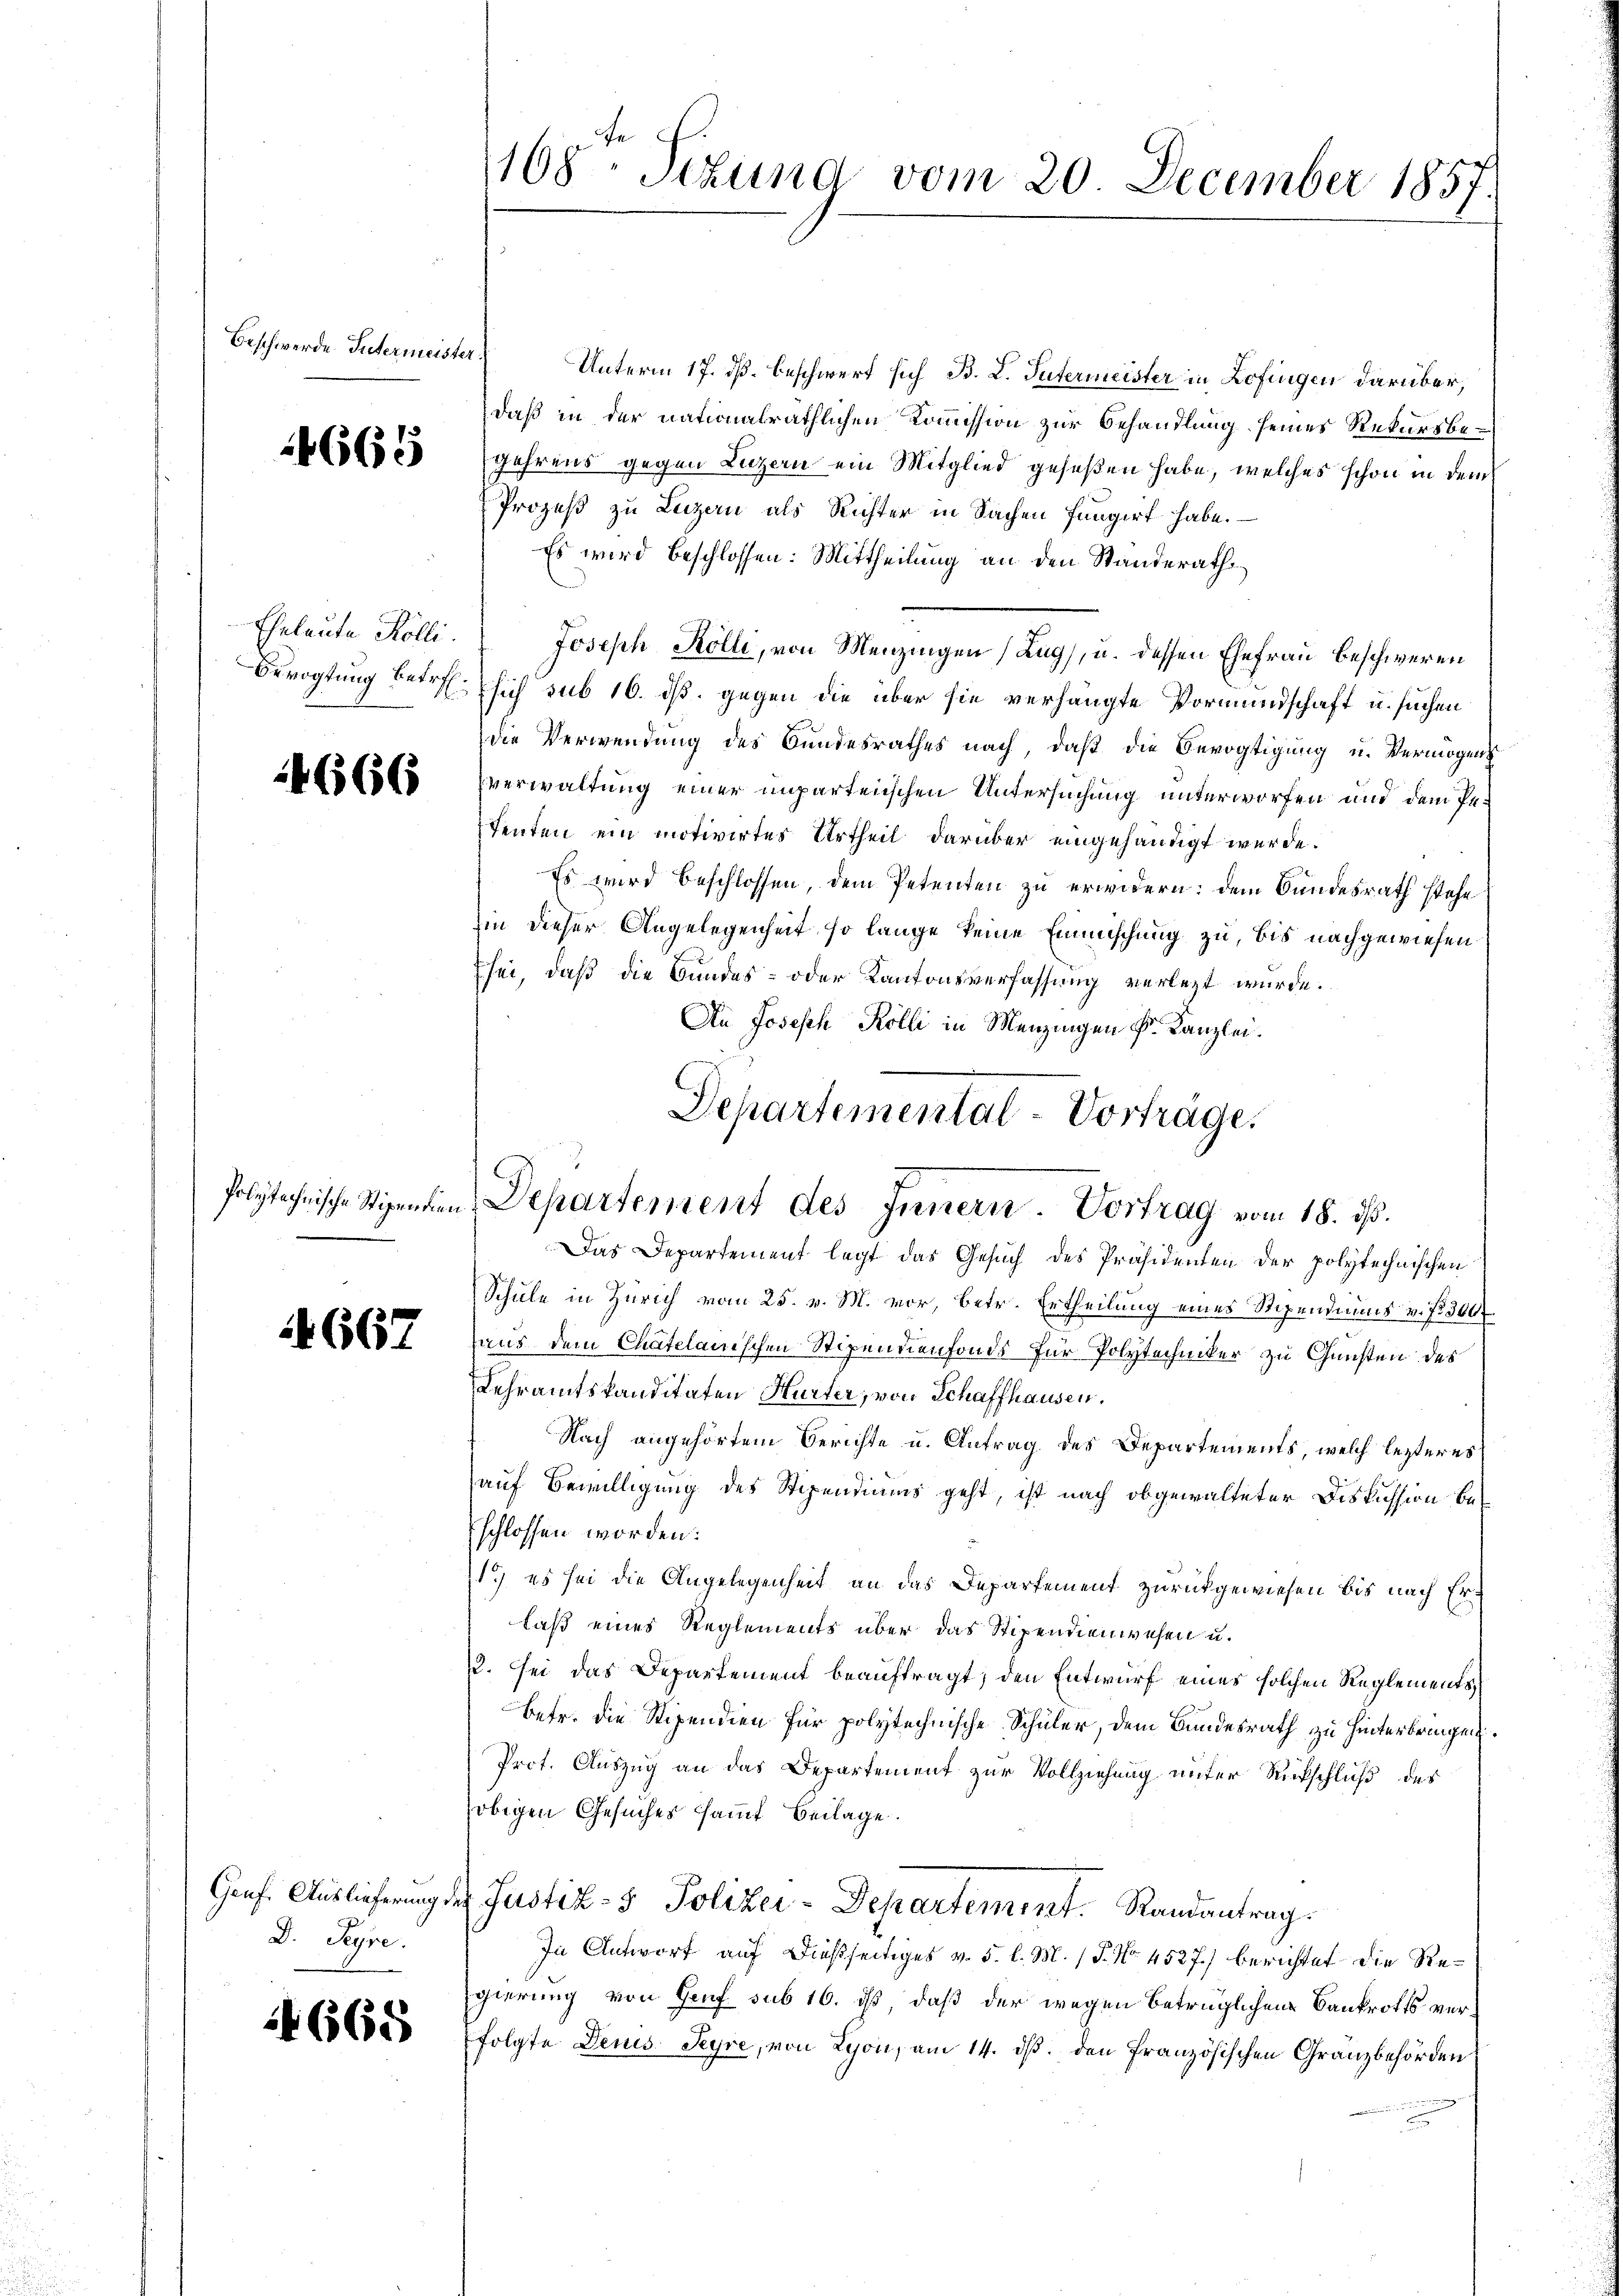
Beschwerde Intermeister)

4665

Eheleute Kölli

4666

Polytechnische Stipendien

4667

D. Seyre.

4665

Unterm 17. dß. Beschwert sich B. L. Tutermeister in Zofingen darüber,
daß in der nationalräthlichen Kommission zur Behandlung seines Rekursbe¬
Jahrens gegen Luzern ein Mitglied geseßen habe, welches schon in dem
Prozeß zu Luzern als Richter in Sachen fungirt habe.
Es wird beschlossen: Mittheilung an den Standerath
Joseph Kölli, von Menzingen (Zug, u. dessen Ehefrau beschweren
Bevogtung betr. sich sub 16. ds. gegen die über sie verhängte Vormundschaft u. suchen
die Verwendung des Bundesrathes nach, daß die Bevogtigung u. Vermögens
verwaltung einer unparteiischen Untersuchung unterworfen und dem Pe¬
Tenten ein motivirtes Urtheil darüber eingehändigt werde.
Es wird beschlossen, dem Petenten zu erwidern: dem Bundesrath stehe
hin dieser Angelegenheit so lange keine Einmischung zu, bis nachgewiesen
sei, daß die Bundes- oder Kantonsverfassung verlezt wurde.
An Joseph Kölli in Menzingen Fr. Kanzlei.
Das Departement legt das Gesuch des Präsidenten der polytechnischen
Schule in Zürich vom 25. v. M. vor, betr. Ertheilung eines Stipendiums v. fr. 300f
aus dem Chatelanischen Stipendienfonds für Polytechniker zu Gunsten des
Lehramtskanditaten Hurter, von Schaffhausen.
Nach angehörtem Berichte u. Antrag des Departements, welch lezteres
auf Bewilligung des Stipendiums geht, ist nach obgewalteter Diskussion beschlossen worden.
1.) es sei die Angelegenheit an das Departement zurückgewiesen bis nach Erlaß eines Reglements über das Stipendienwesen u.
12. Sei das Departement beauftragt, den Entwurf eines solchen Reglements
betr. die Stipendien für polytechnische Schüler, dem Bundesrath zu hinterbringen.
Prot. Auszug an das Departement zur Vollziehung unter Rückschluß des
obigen Gesuches sammt Beilage.
Gonf. Auslieferung der Justiz- & Polizei-Departement. Randantrag.
In Antwort auf dießseitiges v. 5. l. M. P. Nr. 4527.) berichtet die Regierung von Graf sub 16. ist, daß der wegen betrüglichen Bankrotts verfolgte Denis Seyre, von Lyon, am 14. ds. den französischen Granzbehörden

108. Sekund vom 20. December 1857.

Departemental-Vorträge.
Departement des Innern. Vortrag vom 18. ds.